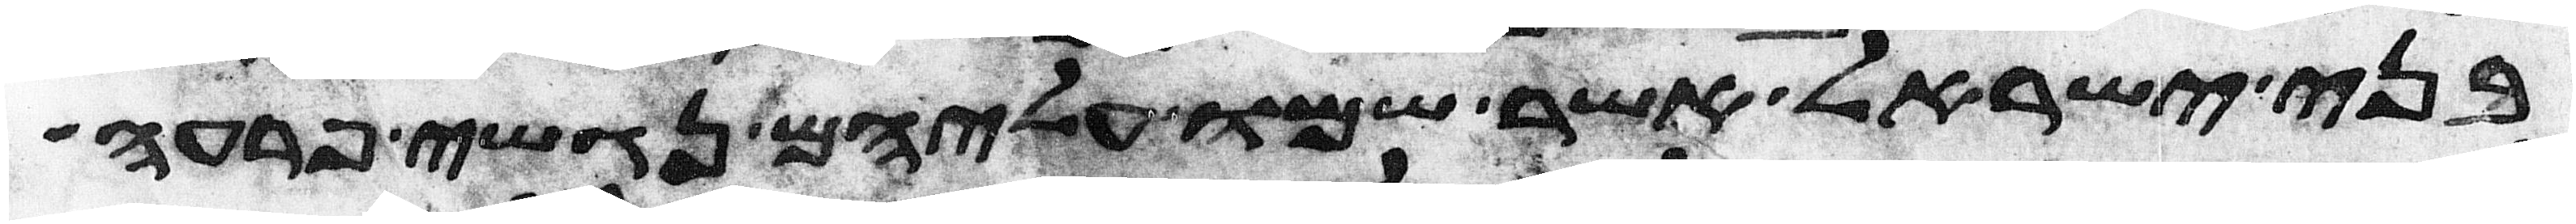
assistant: בני ישראל אשר שמו עליהם נגשי פרעה